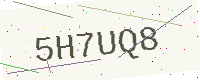
Text: 5H7UQ8